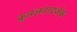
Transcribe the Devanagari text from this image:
कृतज्ञतादर्शक